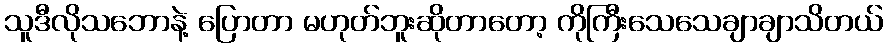
သူဒီလိုသဘောနဲ့ ပြောတာ မဟုတ်ဘူးဆိုတာတော့ ကိုကြီးသေသေချာချာသိတယ်